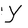
Character: Y